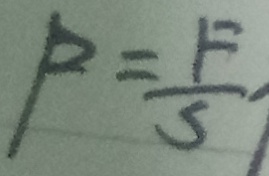
P = \frac { F } { S }